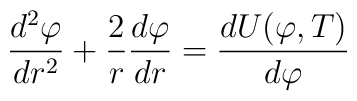
{d^2\varphi \over dr^2} + {2 \over r }{d\varphi \over dr}= {dU(\varphi,T) \over d\varphi }